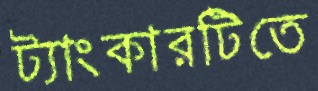
ট্যাংকারটিতে